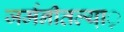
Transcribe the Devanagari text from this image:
जर्मनीतल्या़़